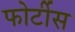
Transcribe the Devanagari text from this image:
फोर्टीस